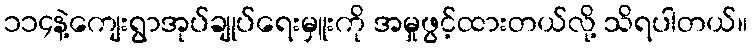
၁၁၄နဲ့ကျေးရွာအုပ်ချုပ်ရေးမှူးကို အမှုဖွင့်ထားတယ်လို့ သိရပါတယ်။